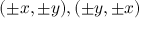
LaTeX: ( \pm x , \pm y ) , ( \pm y , \pm x )